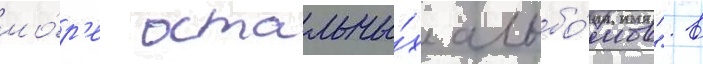
мо́р'е остальны́х альбо́мов". в